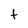
Character: t